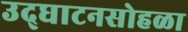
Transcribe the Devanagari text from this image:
उद्‌घाटनसोहळा